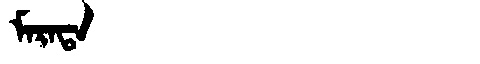
Manchu: ᠮᠠᡵᠠᡨᠠ
Romanization: MARATA